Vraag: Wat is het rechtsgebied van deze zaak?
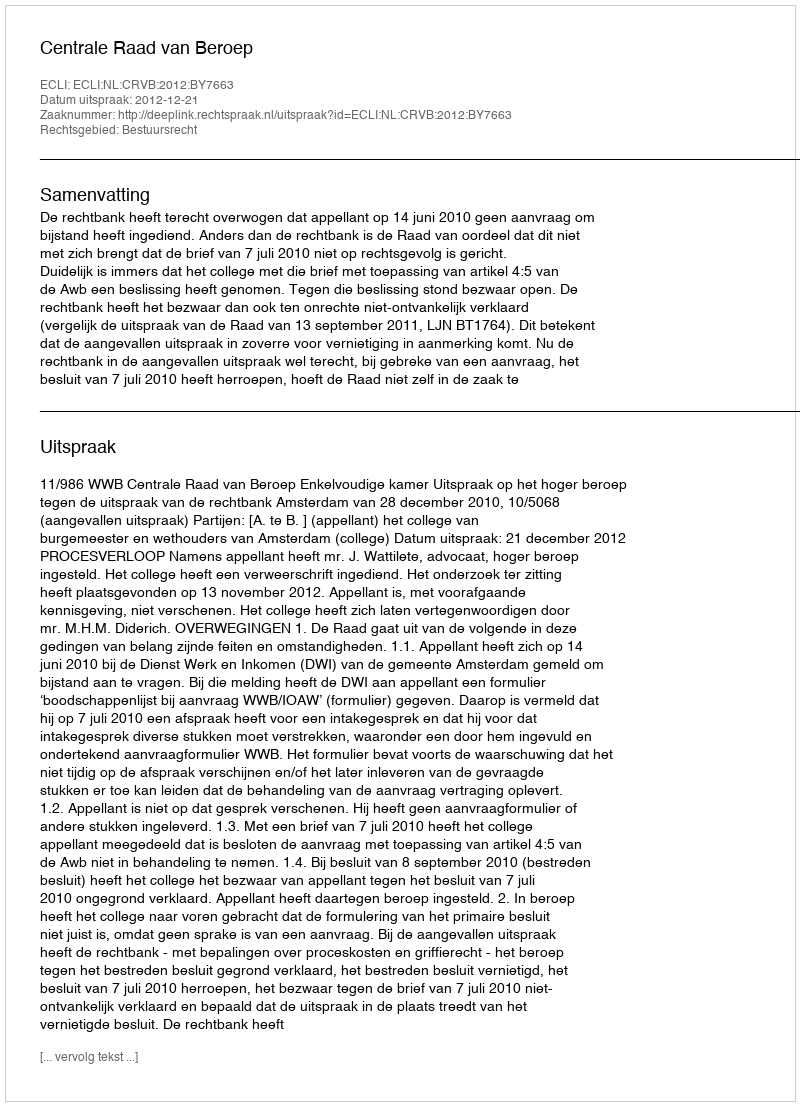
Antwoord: Bestuursrecht